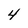
Character: 4